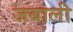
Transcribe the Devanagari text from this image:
जबाली